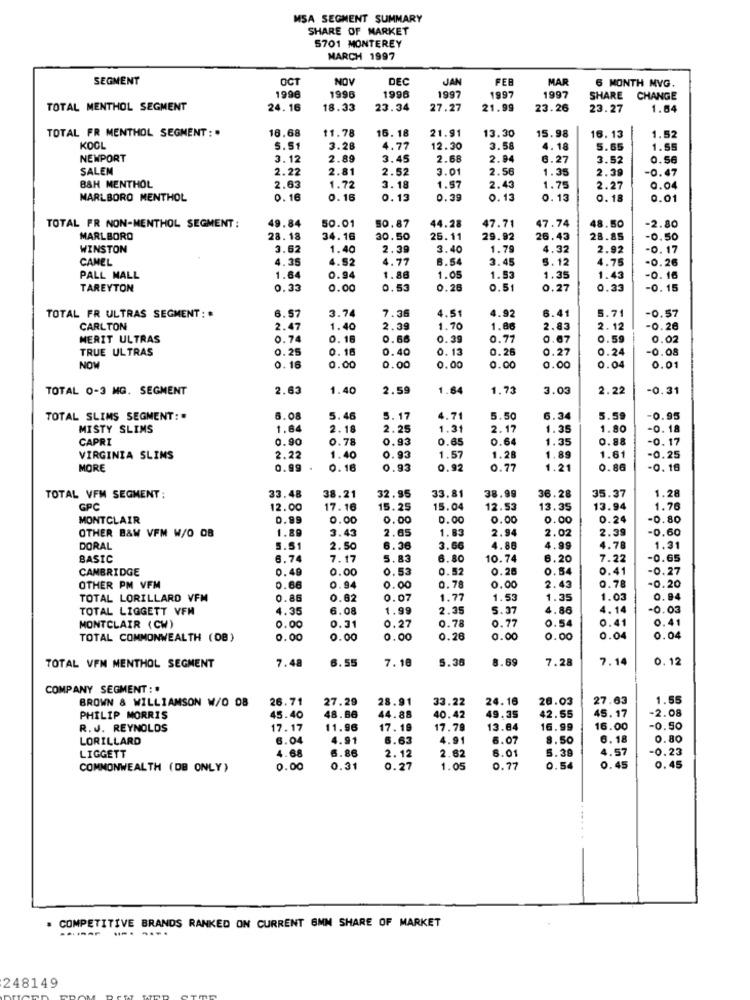
MSA SEGMENT SUMMARY
SHARE OF MARKET
5701 MONTEREY
MARCH 1997
SEGMENT
OCT
NOV
DEC
JAN
FEB
MAR
6 MONTH MVG.
1997
1996
1996
1996
1997
1997
SHARE CHANGE
TOTAL MENTHOL SEGMENT
24.16
18.33
23.34
27.27
21.99
23.26
23.27
1.64
TOTAL FR MENTHOL SEGMENT : .
18.68
11.78
21.91
13.30
16. 18
15.98
16.13
1.52
KOOL
5.51
3.28
4.77
12.30
3.58
4.18
5.65
1.55
NEWPORT
3.12
2.89
3.45
2.68
2.94
6.27
3.52
0.56
SALEM
2.22
2.81
2.52
3.01
2.56
1.35
2.39
-0.47
B&H MENTHOL
2.63
1.72
3.18
1.57
2.43
1.75
2.27
0.04
MARLBORO MENTHOL
0. 16
0.16
0.13
0.39
0.13
0.13
0.18
0.01
50.01
44.28
TOTAL FR NON-MENTHOL SEGMENT:
49.84
50.87
47.71
47.74
48.50
-2.80
MARLBORO
28.18
34.16
30.50
25.11
29.92
26.43
28.85
-0.50
WINSTON
3.62
1.40
2.39
3.40
1.79
4.32
2.92
-0. 17
CAMEL
4.35
4.52
4.77
8.54
3.45
5.12
4.75
-0.26
PALL MALL
1.64
0.94
1.86
1.05
1.53
1.35
1.43
-0. 16
TAREYTON
0.33
0.00
0.53
0.26
0.51
0.27
0.33
-0. 15
3.74
7.36
4.51
4.92
5.71
TOTAL FR ULTRAS SEGMENT: *
6.57
6.41
-0.57
CARLTON
2.47
1.40
2.39
1.70
1.86
2.83
2.12
-0.26
MERIT ULTRAS
0.74
0.16
0.66
0.39
0.77
0.67
0.59
0.02
TRUE ULTRAS
0.25
0. 16
0.40
0. 13
0.26
0.27
0.24
-0.08
NOW
0.16
0.00
0.00
0.00
0.00
0.00
0.04
0.01
TOTAL 0-3 MG. SEGMENT
2.63
1.40
2.59
1.64
1.73
3.03
2.22
-0.31
TOTAL SLIMS SEGMENT :.
6.08
5.46
5.17
4.71
5.50
6.34
5.59
-0.95
MISTY SLIMS
1.64
2.18
2.25
1.31
2.17
1.35
1.80
-0.18
CAPRI
0.90
0.78
0.93
0.65
0.64
1.35
0.88
-0.17
VIRGINIA SLIMS
2.22
1.40
0.93
1.57
1.28
1.89
1.61
-0.25
MORE
0.99
0.16
0.93
0.92
0.77
1.2
0.86
-0. 16
1.28
TOTAL VFM SEGMENT:
33.48
38.21
32.95
33.81
38.99
36.28
35.37
GPC
12.00
17.16
15.25
15.04
12.53
13.35
13.94
1.76
MONTCLAIR
0.99
0.00
0.00
0.00
0.00
0.00
0.24
-0.80
OTHER B&W VFM W/O OB
1.89
3.43
2.65
1.83
2.94
2.02
2.39
-0.60
DORAL
5.51
2.50
6.36
3.66
4.86
4.99
4.78
1.31
BASIC
6.74
7.17
5.83
6.80
10.74
6.20
7.22
-0.65
CAMBRIDGE
0.49
0.00
0.53
0.52
0.25
0.54
0.41
-0.27
OTHER PM VFM
0.66
0.94
0.00
0.78
0.00
2.43
0.78
-0.20
TOTAL LORILLARD VFM
0.86
0.82
0.07
1.7
1.53
1.35
1.03
0.94
TOTAL LIGGETT VFM
4.35
6.08
1.99
2.35
5.37
4.86
4.14
-0.03
0.78
0.77
0.54
0.41
0.41
MONTCLAIR (CW)
0.00
0.31
0.27
TOTAL COMMONWEALTH (08)
0.00
0.00
0.00
0.26
0.00
0.00
0.04
0.04
7.48
6.55
7.18
5.36
8.69
7.28
7.14
0. 12
TOTAL VFM MENTHOL SEGMENT
COMPANY SEGMENT :
BROWN & WILLIAMSON W/O OB
26.71
27.29
28.91
33.22
24.16
26.03
27.63
1.55
-2.08
PHILIP MORRIS
45.40
48.66
44.88
40.42
49.35
42.55
45.17
R.J. REYNOLDS
17.17
11.96
17. 19
17.79
13.84
16.99
16.00
-0.50
LORILLARD
6.04
4.91
6.63
4.91
6.07
8.50
6. 18
0.80
6.86
6.01
4.57
-0.23
LIGGETT
4.68
2.12
2.62
5.39
COMMONWEALTH (DB ONLY)
0.00
0.31
0.27
1.05
0.77
0.54
0.45
0.45
# COMPETITIVE BRANDS RANKED ON CURRENT 6MM SHARE OF MARKET
----
-- ---.
248149